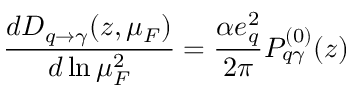
\frac { d D _ { q \rightarrow \gamma } ( z , \mu _ { F } ) } { d \ln \mu _ { F } ^ { 2 } } = \frac { \alpha e _ { q } ^ { 2 } } { 2 \pi } P _ { q \gamma } ^ { ( 0 ) } ( z )